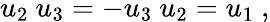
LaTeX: u_{2}\ u_{3}=-u_{3}\ u_{2}=u_{1}~,